Civil Veterinary Department. United Provinces 1912-22 - 1912-1922
Year: 1912
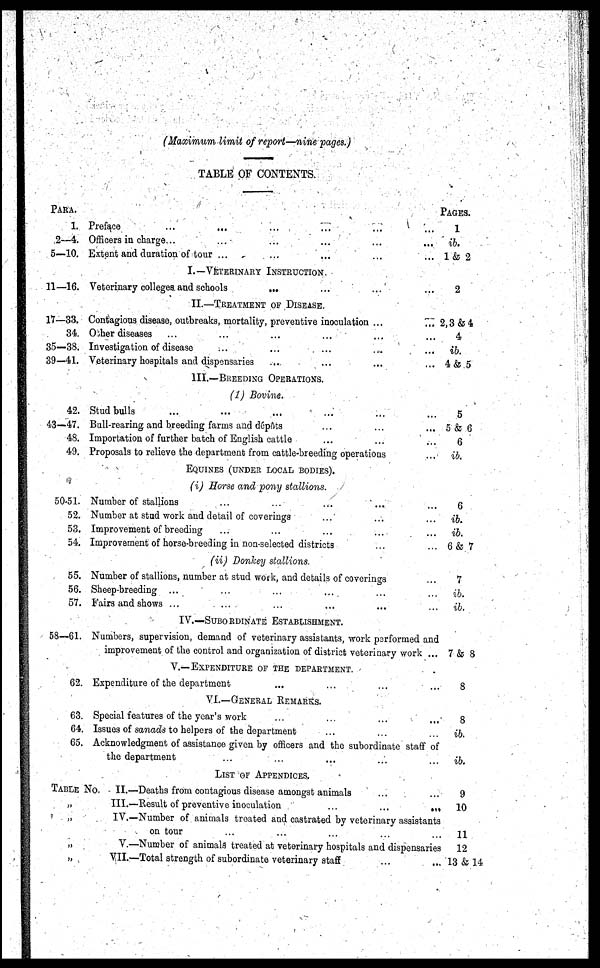
(Maximum limit of report—nine pages.)
TABLE OF CONTENTS.
PARA.
1.
2—4.
5—10.
11—16.
17—33.
34.
35-38.
39-41.
42.
43-47.
48.
49.
50.51.
52.
53.
54.
55.
56.
57.
58—61.
62.
63
64
65
TABLE No.
„
„
„
„
Preface ... ... ... ... ... ...
Officers in charge...
...
...
...
...
Extent and duration of tour ...
...
...
...
...
I.—VETERINARY INSTRUCTION
Veterinary colleges and schools
...
...
...
...
II.—TREATMENT OF DISEASE.
Contagious disease, outbreaks, mortality, preventive inoculation ...
...
Other diseases
...
...
...
...
...
...
Investigation of disease
...
...
...
...
...
Veterinary hospitals and dispensaries
...
...
...
...
III.—BREEDING OPERATIONS.
(1) Bovine.
Stud bulls
...
...
...
...
...
...
Bull-rearing and breeding farms and dépôts
...
...
...
Importation of further batch of English cattle
...
...
...
Proposals to relieve the department from cattle-breeding operations ...
EQUINES (UNDER LOCAL BODIES).
(i) Horse and pony stallions.
Number of stallions
...
...
...
...
...
Number at stud work and detail of coverings
...
...
...
Improvement of breeding
...
...
...
...
...
Improvement of horse-breeding in non-selected districts
...
...
(ii) Donkey stallions.
Number of stallions, number at stud work, and details of coverings
...
Sheep-breeding ...
...
...
...
...
...
Fairs and shows ...
...
...
...
...
...
IV.—SUBORDINATE ESTABLISHMENT.
Numbers, supervision, demand of veterinary assistants, work performed and
improvement of the control and organization of district veterinary work ...
V.—EXPENDITURE OF THE DEPARTMENT.
Expenditure of the department ... ... ... ...
VI.—GENERAL REMARKS.
Special features of the year's work ... .... ... ...
Issues of sanads to helpers of the department ... ... ...
Acknowledgment of assistance given by officers and the subordinate staff officers
the department ... ... ... ... ...
LIST OF APPENDICES.
II.—Deaths from contagious disease amongst animals
III.—Result of preventive inoculation
...
...
...
IV.—Number of animals treated and castrated by veterinary assistants
on tour ... ... ... ... ...
V.—Number of animals treated at veterinary hospitals and dispensaries
VII.—Total strength of subordinate veterinary staff ... ...
PAGES.
1
ib.
1 & 2
2
2, 3 & 4
4
ib.
4 & 5
5
5 & 6
6
ib.
6
ib.
ib.
6 & 7
7
ib.
ib.
7 & 8
8
8
ib.
ib.
9
10
11
12
13 &14